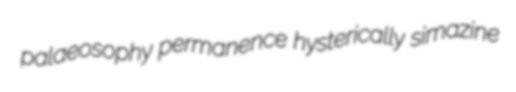
palaeosophy permanence hysterically simazine